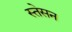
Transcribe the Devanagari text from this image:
स्तेसन